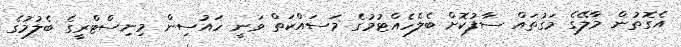
އެގޮތުން މާލޭގެ މަގުތައް ސާފުކޮށް ބެލެހެއްޓުމުގެ މަސައްކަތް ވަނީ ހައުސިން މިނިސްޓްރީގެ ބެލުމުގެ